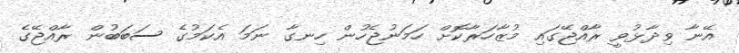
އޭނާ ވިދާޅުވީ ރާއްޖޭގައި މުޒާހަރާކޮށް ހަމަނުޖެހުން ހިނގާ ނަމަ އެކަމުގެ ސަބަބުން ރާއްޖޭގެ